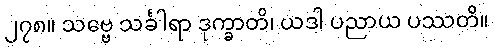
၂၇၈။ သဗ္ဗေ သင်္ခါရာ ဒုက္ခာတိ၊ ယဒါ ပညာယ ပဿတိ။